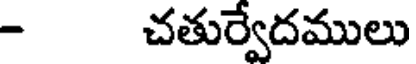
- చతుర్వేదములు